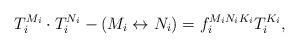
LaTeX: \begin{align*}T_i^{M_i} \cdot T_i^{N_i} - (M_i \leftrightarrow N_i) =f_i^{M_iN_iK_i} T_i^{K_i}, \end{align*}